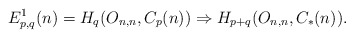
\begin{align*}E^{1}_{p,q}(n) &= H_{q}(O_{n,n}, C_{p}(n)) \Rightarrow H_{p+q}(O_{n,n}, C_{*}(n)) .\end{align*}